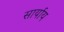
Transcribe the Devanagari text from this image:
सार्याय